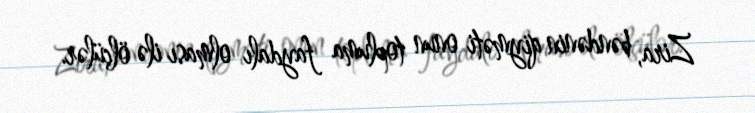
Zira, bəndənin qiyməti onun topluma faydalı olması ilə ölçülər.